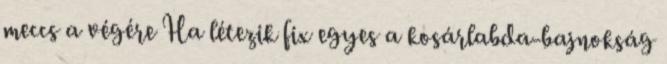
meccs a végére Ha létezik fix egyes a kosárlabda-bajnokság